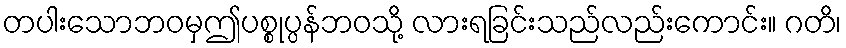
တပါးသောဘဝမှဤပစ္စုပ္ပန်ဘဝသို့ လားရခြင်းသည်လည်းကောင်း။ ဂတိ၊